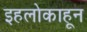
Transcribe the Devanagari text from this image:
इहलोकाहून